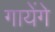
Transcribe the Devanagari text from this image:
गायेंगे